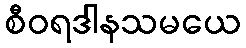
စီဝရဒါနသမယေ